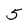
Character: 5